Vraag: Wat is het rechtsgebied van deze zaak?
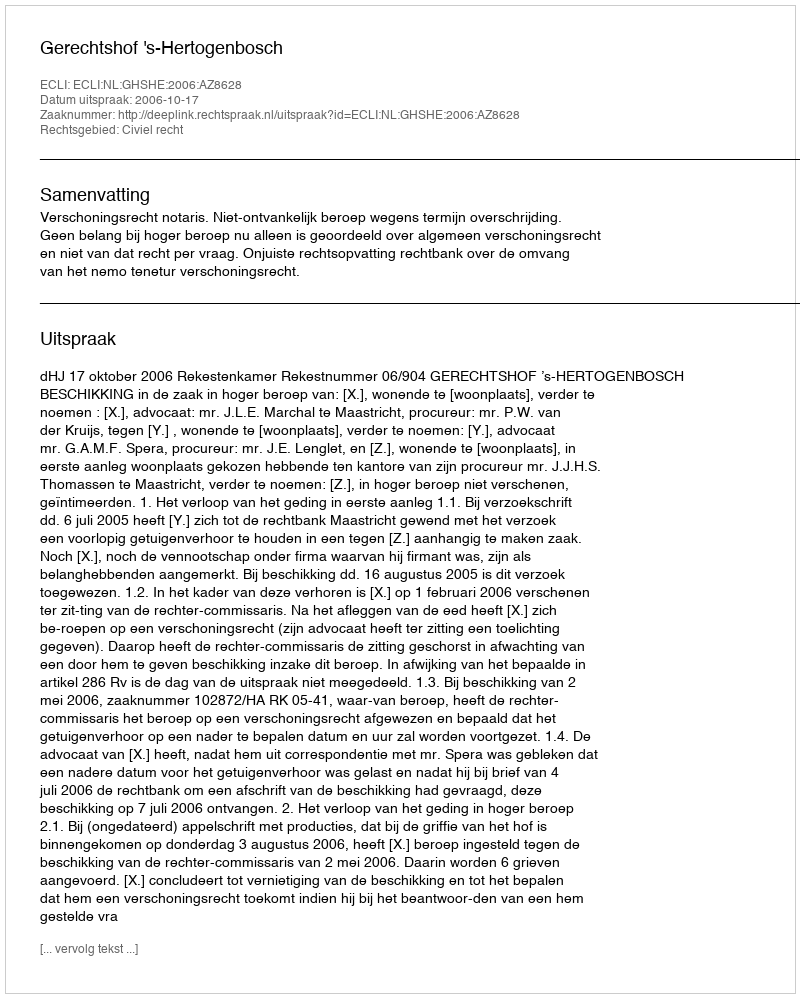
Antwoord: Civiel recht